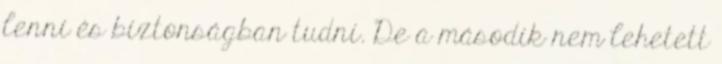
lenni és biztonságban tudni. De a második nem lehetett